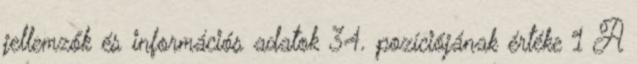
jellemzők és információs adatok 34. pozíciójának értéke 1 A